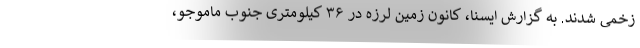
زخمی شدند. به گزارش ایسنا، کانون زمین لرزه در ۳۶ کیلومتری جنوب ماموجو،